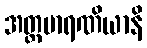
အတ္တမာရဏိယာနိ